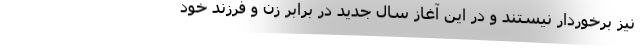
نیز برخوردار نیستند و در این آغاز سال جدید در برابر زن و فرزند خود